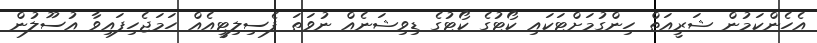
އެހެންކަމުން ޝަރީއަތް ހިންގުމަށްޓަކައި ކޯޓުގެ ކޯޓުގެ ޑިވިޝަނެއް ނުވަތަ ފެސިލިޓީއެއް ހަމަޖެހިފައިވާ އުސޫލުން